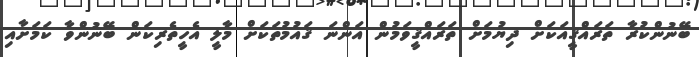
ބޭނުންކުރާ ތަރައްޤީއަކަށް ދިޔުމަށް ތަރައްޤީވަމުން އަންނަ ޤައުމުތަކަށް މާލީ އެހީތެރިކަން ބޭނުންވާ ކަމަށާއި